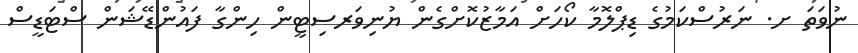
ނުވަތަ ށ. ނަރުސްކަމުގެ ޑިޕްލޮމާ ކޯހަށް އަމާޒުކޮށްގެން ޔުނިވަރސިޓީން ހިންގާ ފައުންޑޭޝަން ސްޓަޑީސް